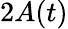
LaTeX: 2A(t)